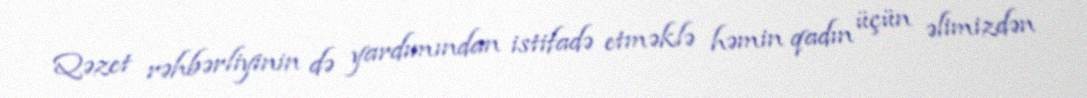
Qəzet rəhbərliyinin də yardımından istifadə etməklə həmin qadın üçün əlimizdən